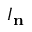
I _ { \mathbf { n } }